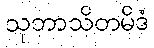
သုဘာသိတမိဒံ